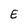
Character: E